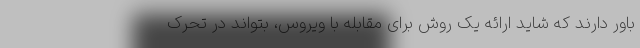
باور دارند که شاید ارائه یک روش برای مقابله با ویروس، بتواند در تحرک